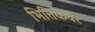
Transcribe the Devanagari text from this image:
भित्तिकेवर